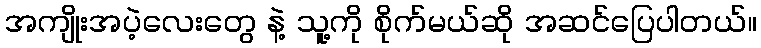
အကျိုးအပဲ့လေးတွေ နဲ့ သူ့ကို စိုက်မယ်ဆို အဆင်ပြေပါတယ်။